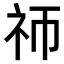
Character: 𬒭